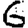
Digit: 6